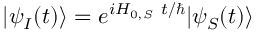
| \psi _ { I } ( t ) \rangle = e ^ { i H _ { 0 , S } ~ t / \hbar } | \psi _ { S } ( t ) \rangle